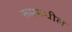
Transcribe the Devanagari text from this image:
रूममधील